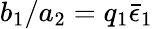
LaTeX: b_{1}/a_{2}=q_{1}\bar{\epsilon}_{1}